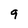
Character: 9